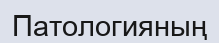
Патологияның